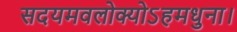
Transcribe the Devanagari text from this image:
सदयमवलोक्योऽहमधुना।